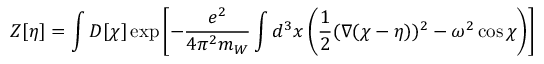
Z [ \eta ] = \int { \cal D } [ \chi ] \exp \left[ - { \frac { e ^ { 2 } } { 4 \pi ^ { 2 } m _ { W } } } \int d ^ { 3 } x \left( { \frac { 1 } { 2 } } ( \nabla ( \chi - \eta ) ) ^ { 2 } - \omega ^ { 2 } \cos \chi \right) \right]